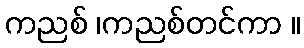
ကညစ် ၊ကညစ်တင်ကာ ။